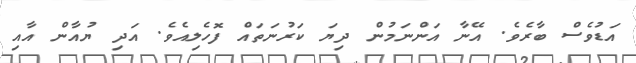
އަޑުވެސް ބާރެވެ. އޭނާ އަންނަމުން ދިޔަ ކަރުނަތައް ފޮހެލިއެވެ. އަދި ޔުއާން އާއި